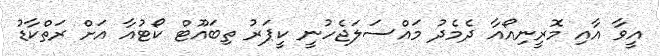
އީވާ އާއި މޮރީނިއޯއާ ދެމެދު މައްސަލަޖެހުނީ ކީޕަރު ތިބައޫޓް ކޯޓުއާ އަށް ރަތްކާޑު